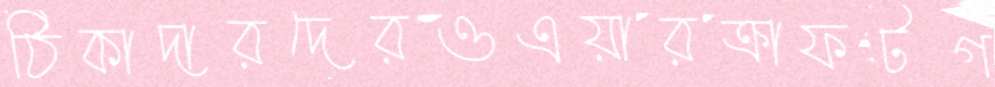
ঠিকাদারদেরওএয়ারক্রাফটগ